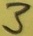
Text: 3